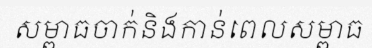
សម្ពាធចាក់និងកាន់ពេលសម្ពាធ